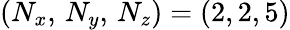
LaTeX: (N_{x},\, N_{y},\, N_{z})=(2,2,5)